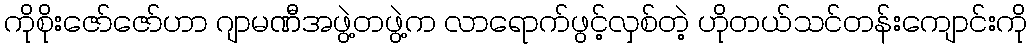
ကိုစိုးဇော်ဇော်ဟာ ဂျာမဏီအဖွဲ့တဖွဲ့က လာရောက်ဖွင့်လှစ်တဲ့ ဟိုတယ်သင်တန်းကျောင်းကို